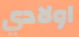
اولادي